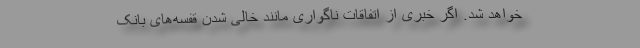
خواهد شد. اگر خبری از اتفاقات ناگواری مانند خالی شدن قفسه‌های بانک